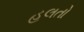
હલતો